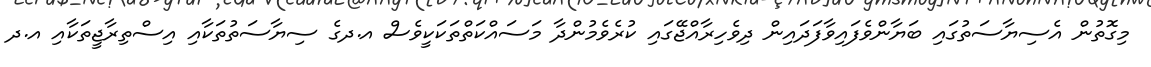
މިގޮތުން އެސިޔާސަތުގައި ބަޔާންވެފައިވާފަދައިން ދިވެހިރާއްޖޭގައި ކުރެވެމުންދާ މަސައްކަތްތަކަކީވެސް އ.ދގެ ސިޔާސަތުތަކާއި އިސްތިރާޖީތަކާއި އ.ދ